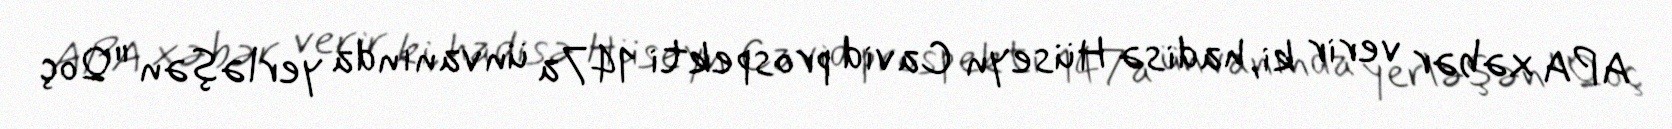
APA xəbər verir ki, hadisə Hüseyn Cavid prospekti 147a ünvanında yerləşən "Qoç